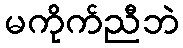
မကိုက်ညီဘဲ